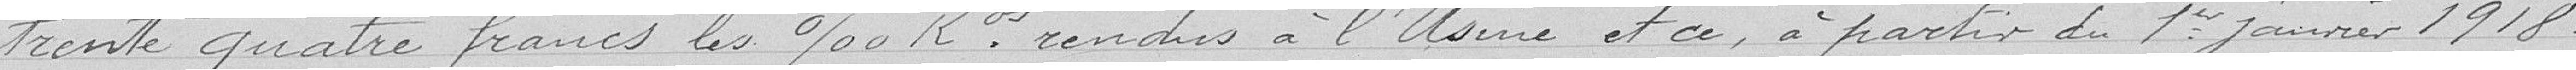
trente quatre francs les 0/00 k... rendus à l'Usine et ce, à partir du 1er janvier 1918.